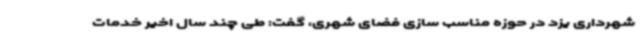
شهرداری یزد در حوزه مناسب سازی فضای شهری، گفت:‌ طی چند سال اخیر خدمات